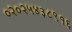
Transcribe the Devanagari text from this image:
०२०२५४३८९१६